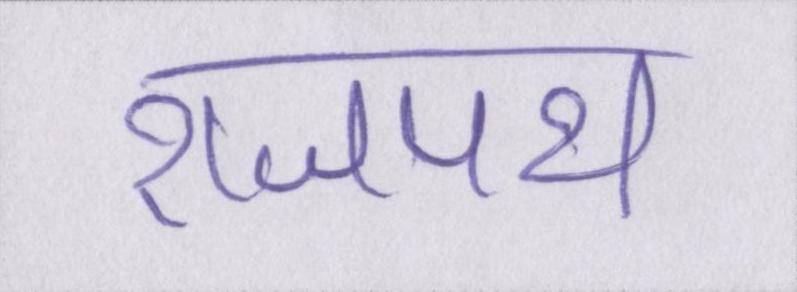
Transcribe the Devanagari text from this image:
राजपथ